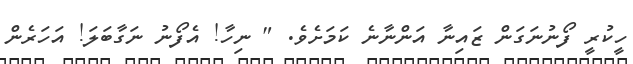
ހީކުރީ ފޯނުނަގަން ޒައިނާ އަންނާނެ ކަމަށެވެ. " ނިހާ! އެފޯނު ނަގާބަލަ! އަހަރެން